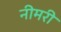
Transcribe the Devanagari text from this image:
नीमरी